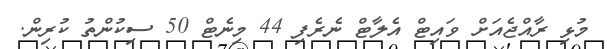
މުޅި ރާއްޖެއަށް ވައިޓް އެލާޓް ނެރެފި 44 މިނެޓް 50 ސިކުންތު ކުރިން.